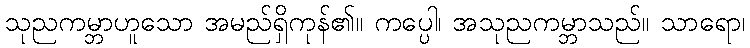
သုညကမ္ဘာဟူသော အမည်ရှိကုန်၏။ ကပ္ပေါ၊ အသုညကမ္ဘာသည်။ သာရော၊